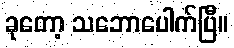
ခုတော့ သဘောပေါက်ပြီ။